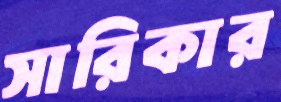
সারিকার